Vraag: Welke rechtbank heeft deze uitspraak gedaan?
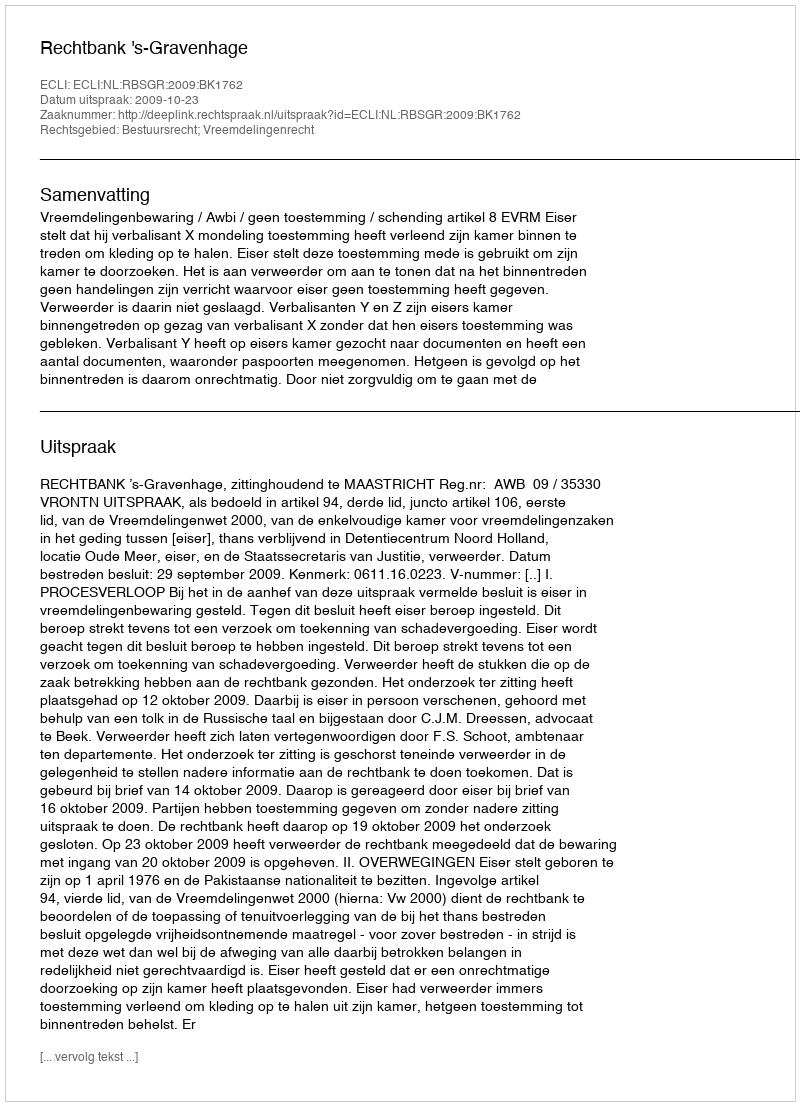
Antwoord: Rechtbank 's-Gravenhage